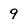
Character: 9